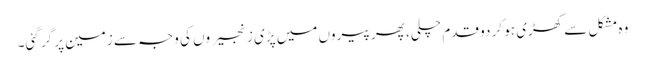
وہ مشکل سے کھڑی ہو کر دو قدم چلی، پھر پیروں میں پڑی زنجیروں کی وجہ سے زمین پر گر گئی۔